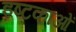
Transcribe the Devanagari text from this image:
इष्टकाओं